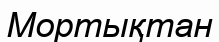
Мортықтан